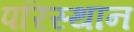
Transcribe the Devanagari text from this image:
परिस्थान